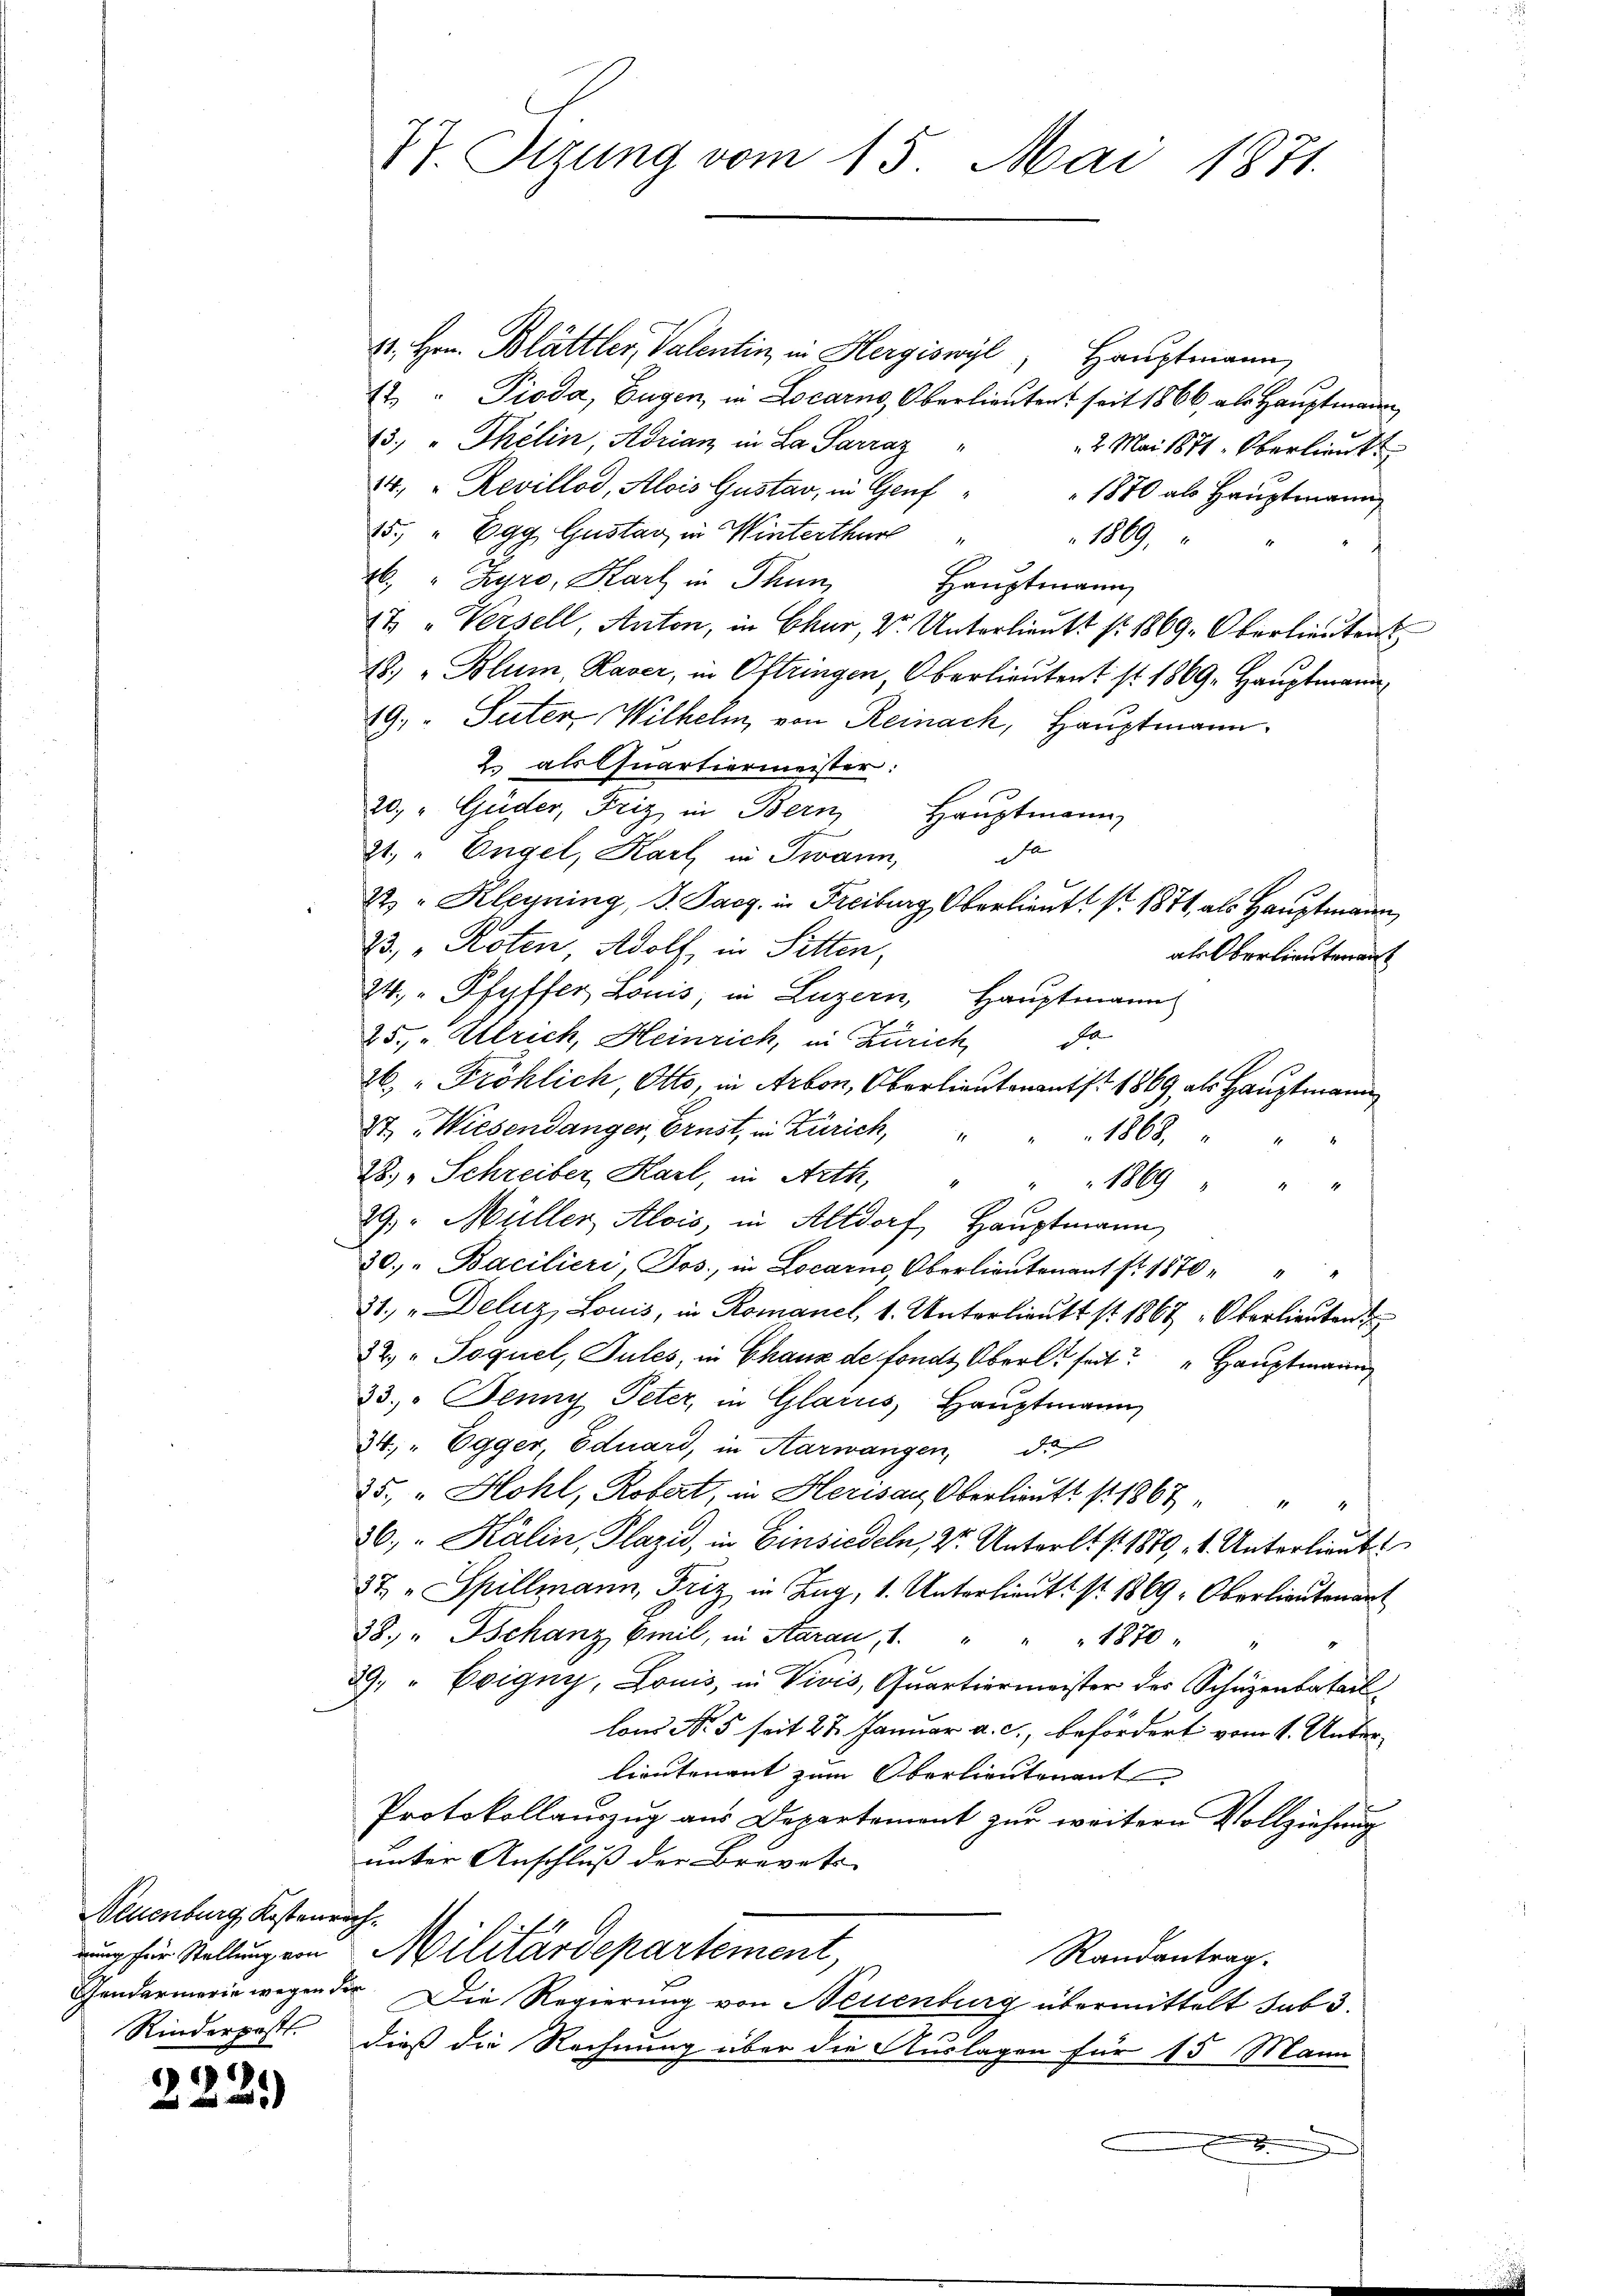
Neuenburg Kostenrech
Gendarmerie wegen der

)
22

11. Hrn. Blättler, Valentin in Hergiswyl, Hauptmann,
12 " Pioda, Eugen, in Locarno, Oberlieuten seit 1866, als Hauptmann
73. " Thélin, Adrian in La Sarraz
2 Mai 1871. Oberlieut
14. " Revillod, Alois Gustav, in Genf
1870 als Hauptmann
15.) " Egg Gustav in Winterthur "
1869,
4. " Syro, Karl in Thun,
Hauptmann
17 „Versell, Anton, in Chur, Dr. Unterlieutt No 1869, Oberlieutent
18) „Blum, Haver, in Oftringen, Oberlieutent st 1869. Hauptmann
19. Suter, Wilhelm, von Reinach, Hauptmann.
2. als Quartiermeister:
20.) " Güder, Friz in Bern Haŭptmann,
sa
2t, " Engel, Karl in Twann,
22. " Kleyning, S. Pacz. in Freiburg, Oberlieutt . 1871, als Hauptmann
23, "Roten, Adolf, in Sitten,
als Oberlieutenan
24. " Pfyffer Louis, in Luzern, Hauptmann
25. „Ulrich, Heinrich, in Zürich, da
26. " Fröhlich, Otto, in Arbon, Oberlieutenants 1869 als Hauptmann
St. Wiesendanger, Brust, in Zürich,
1868.
4
28, Schreiber, Harl, in Arth,
1869 " " "
29. Müller Alois, in Altdorf, Hauptmann
30. "Bacilieri, Jos., in Locarno Oberlieutenant fr. 1870
31. "Deluz, Louis, in Romanel, 1. Unterlitt st 1867, Oberlieuten
32. " Joquel, Tules, in Chaux de fonds Oberl seit " Hauptmann
33. Jenny Peter, in Glarus Hauptmann
34," Egger, Eduard, in Aarwangen, di
35. „Hohl, Robert, in Herisau Oberlieutt 1867
36. " Kälin, Plaze, in Einsiedeln, 2r Unterlt /: 1810, 4. Unterlieut
37. " Spillmann, Friz in Zug, 1. Unterlieut. S. 1869, Oberlieutenant
38. " Tschanz Emil, in Aarau, 1. " " " 1870 " "
39 " Evigny, Louis, in Vivis, Quartiermeister des Schäzenbatail
lons No 5 seit 21 Januar a. c., befördert vom 1. Unterlieutenant zum Oberlieutenant
Protokollauszug aus Departement zur weitern Vollziehung
unter Anschluß der Brevets
uung für Stellung von Militärdepartement,
Randantrag.
Die Regierung von Neuenburg übermittelt sub 3.
Rinderpostl. dieß die Rechnung über die Auslagen für 15 Mann

77. Stzung vom 15. Mai 1871.